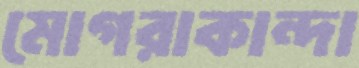
মোগরাকান্দা